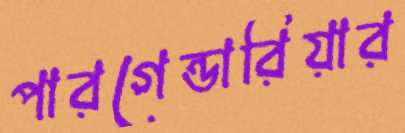
পারগেন্ডারিয়ার